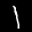
Label: 1